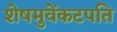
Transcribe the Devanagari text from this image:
शेषमुवेंकटपति